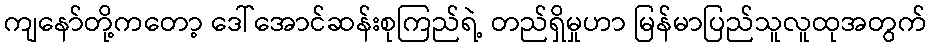
ကျနော်တို့ကတော့ ဒေါ်အောင်ဆန်းစုကြည်ရဲ့ တည်ရှိမှုဟာ မြန်မာပြည်သူလူထုအတွက်